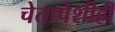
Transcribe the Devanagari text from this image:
चेतापेशीही